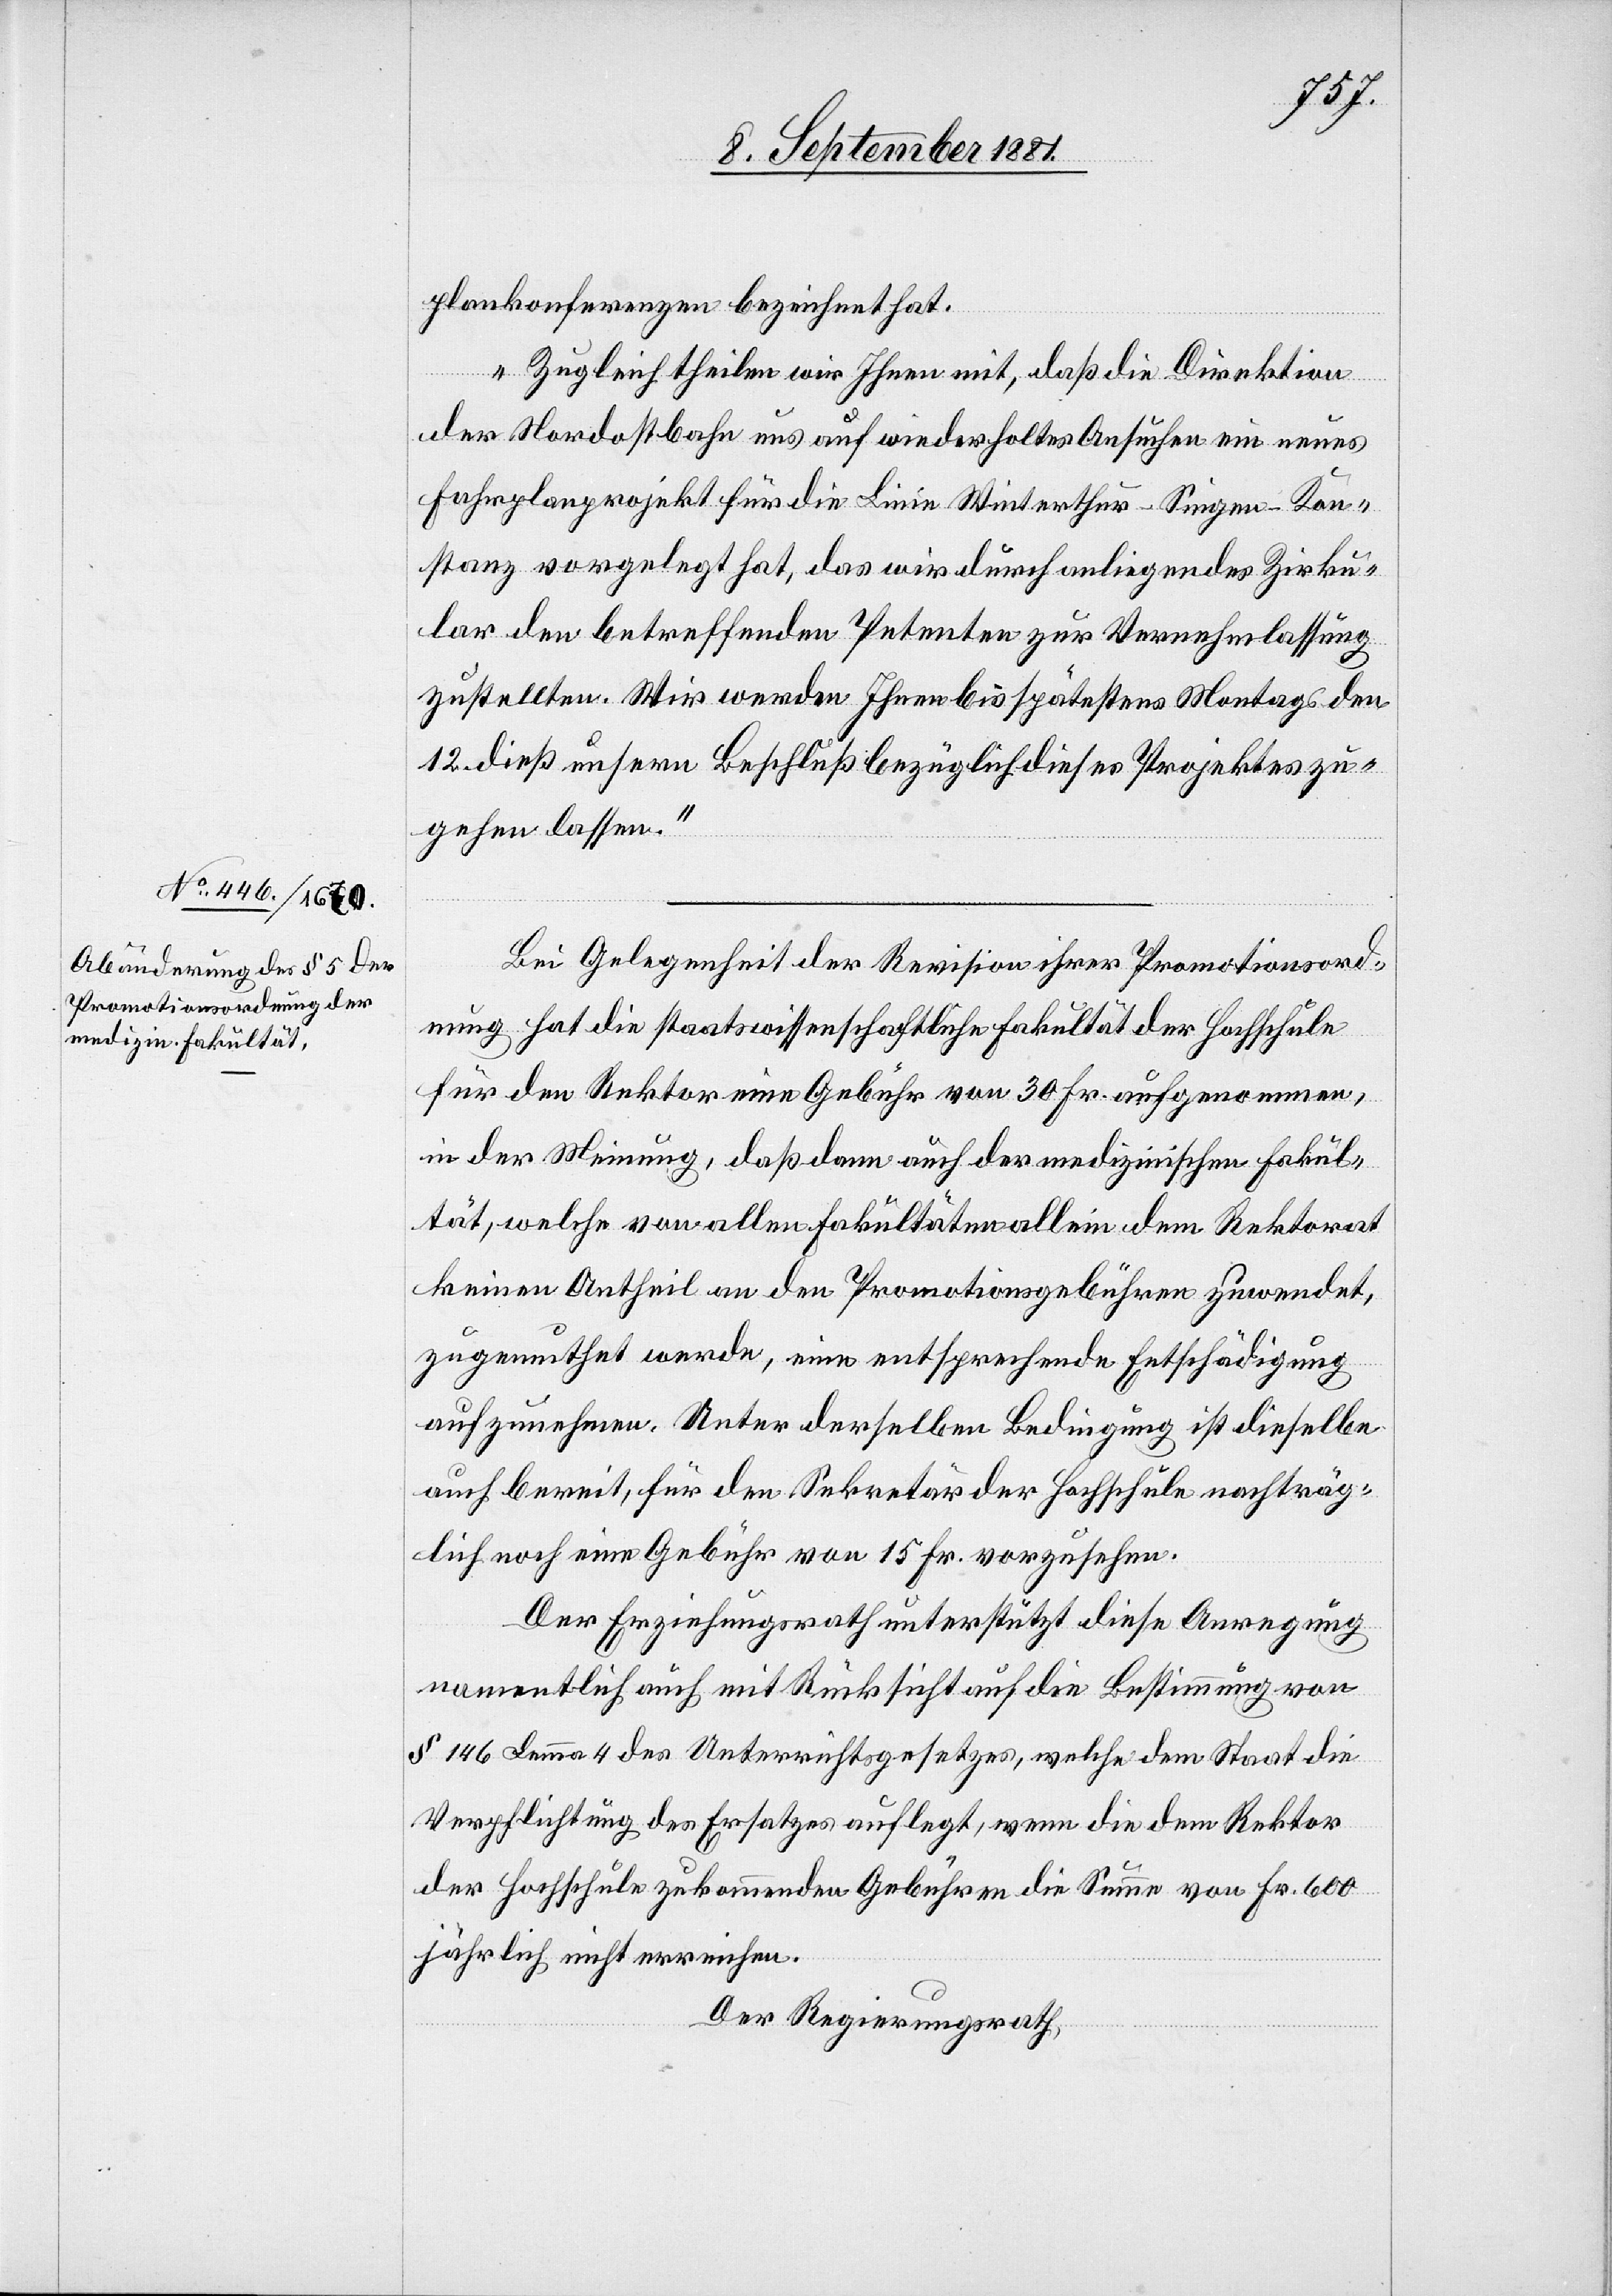
plankonferenz bezeichnet hat.
Zugleich theilen wir Ihnen mit, daß die Direktion
der Nordostbahn uns auf wiederholtes Ansuchen ein neues
Fahrplanprojekt für die Linie Winterthur–Singen–Kon¬
stanz vorgelegt hat, das wir durch anliegendes Zirku¬
lar den betreffenden Petenten zur Vernehmlassung
zustellen. Wir werden Ihnen bis spätestens Montags den
12. dieß unsern Beschluß bezüglich dieses Projektes zu¬
gehen lassen.“
Bei Gelegenheit der Revision ihrer Promotionsord¬
nung hat die staatswissenschaftliche Fakultät der Hochschule
für den Rektor eine Gebühr von 30 Fr. aufgenommen,
in der Meinung, daß dann auch der medizinischen Fakul¬
tät, welche von allen Fakultäten allein dem Rektorat
keinen Antheil an den Promotionsgebühren zuwendet,
zugemuthet werde, eine entsprechende Entschädigung
aufzunehmen. Unter derselben Bedingung ist dieselbe
auch bereit, für den Sekretär der Hochschule nachträg¬
lich noch eine Gebühr von 15 Fr. vorzusehen.
Der Erziehungsrath unterstützt diese Anregung
namentlich auch mit Rücksicht auf die Bestimmung von
§ 146 Lemma 4 des Unterrichtsgesetzes, welche dem Staat die
Verpflichtung des Ersatzes auflegt, wenn die dem Rektor
der Hochschule zukommende Gebühren die Summe von Fr. 600
jährlich nicht erreichen.
Der Regierungsrath,